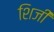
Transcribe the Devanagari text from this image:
शिजी